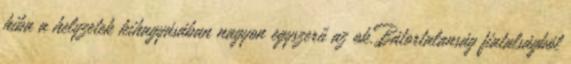
hiba a helyzetek kihagyásában nagyon egyszerű az ok.Bátortalanság fiatalságból